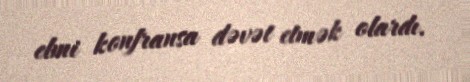
elmi konfransa dəvət etmək olardı.